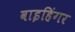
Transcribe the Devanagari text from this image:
वाइहिंगर